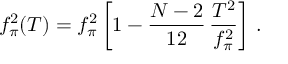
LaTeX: f _ { \pi } ^ { 2 } ( T ) = f _ { \pi } ^ { 2 } \left[ 1 - \frac { N - 2 } { 1 2 } \, \frac { T ^ { 2 } } { f _ { \pi } ^ { 2 } } \right] \, .